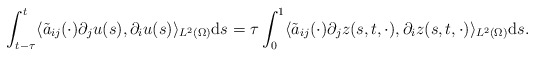
\begin{align*} \int_{t - \tau}^{t} \langle \tilde{a}_{ij}(\cdot) \partial_{j} u(s), \partial_{i} u(s)\rangle_{L^{2}(\Omega)} \mathrm{d}s = \tau \int_{0}^{1} \langle \tilde{a}_{ij}(\cdot) \partial_{j} z(s, t, \cdot), \partial_{i} z(s, t, \cdot) \rangle_{L^{2}(\Omega)} \mathrm{d}s. \end{align*}